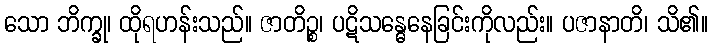
သော ဘိက္ခု၊ ထိုရဟန်းသည်။ ဇာတိဉ္စ၊ ပဋိသန္ဓေနေခြင်းကိုလည်း။ ပဇာနာတိ၊ သိ၏။